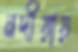
নদীয়ায়